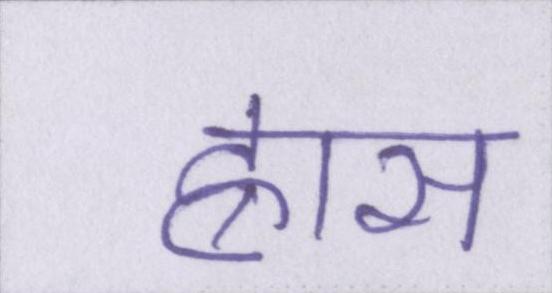
ह्रास